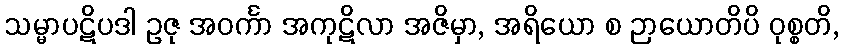
သမ္မာပဋိပဒါ ဥဇု အဝင်္ကာ အကုဋိလာ အဇိမှာ, အရိယော စ ဉာယောတိပိ ဝုစ္စတိ,